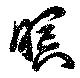
瞑